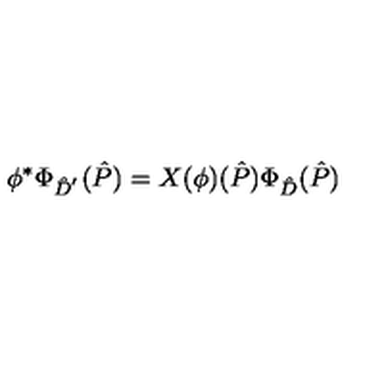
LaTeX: \phi ^ { * } \Phi _ { \hat { D } ^ { ' } } ( \hat { P } ) = X ( \phi ) ( \hat { P } ) \Phi _ { \hat { D } } ( \hat { P } )